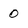
Character: 0